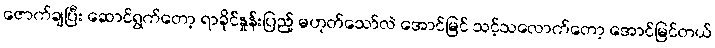
ဇောက်ချပြီး ဆောင်ရွက်တော့ ရာခိုင်နှုန်းပြည့် မဟုတ်သော်လဲ အောင်မြင် သင့်သလောက်တော့ အောင်မြင်တယ်